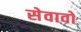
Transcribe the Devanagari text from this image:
सेवावों